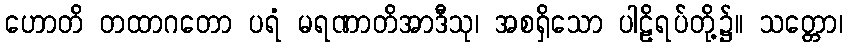
ဟောတိ တထာဂတော ပရံ မရဏာတိအာဒီသု၊ အစရှိသော ပါဠိရပ်တို့၌။ သတ္တော၊